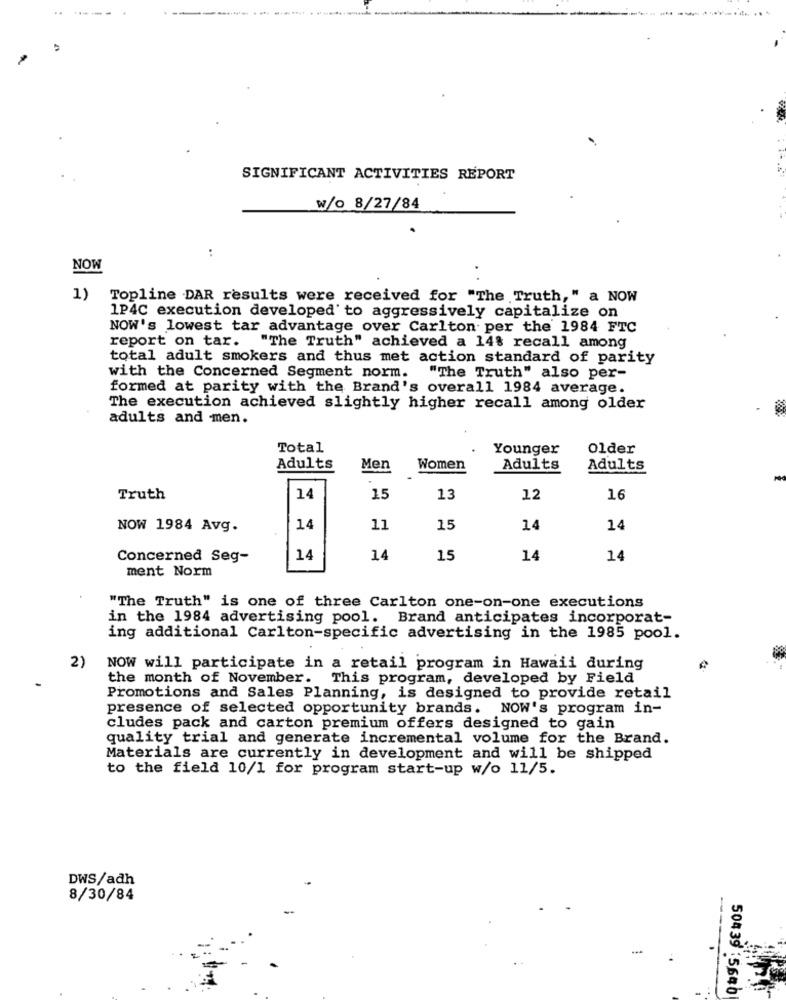
-
SIGNIFICANT ACTIVITIES REPORT
w/o 8/27/84
:
NOW
1)
Topline DAR results were received for "The Truth," a NOW
1P4C execution developed' to aggressively capitalize on
NOW's lowest tar advantage over Carlton per the 1984 FTC
report on tar. "The Truth" achieved a 14% recall among
total adult smokers and thus met action standard of parity
with the Concerned Segment norm.
"The Truth" also per-
formed at parity with the Brand's overall 1984 average.
The execution achieved slightly higher recall among older
adults and men.
Total
Younger
older
Adults
Men
Women
Adults
Adults
Truth
14
15
13
12
16
NOW 1984 Avg.
14
11
15
14
14
Concerned Seg-
14
14
15
14
14
ment Norm
"The Truth" is one of three Carlton one-on-one executions
in the 1984 advertising pool. Brand anticipates incorporat-
ing additional Carlton-specific advertising in the 1985 pool.
2)
NOW will participate in a retail program in Hawaii during
the month of November. This program, developed by Field
Promotions and Sales Planning, is designed to provide retail
presence of selected opportunity brands. NOW's program in-
cludes pack and carton premium offers designed to gain
quality trial and generate incremental volume for the Brand.
Materials are currently in development and will be shipped
to the field 10/1 for program start-up w/o 11/5.
DWS/adh
8/30/84
--
50439 :5640